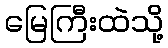
မြေကြီးထဲသို့